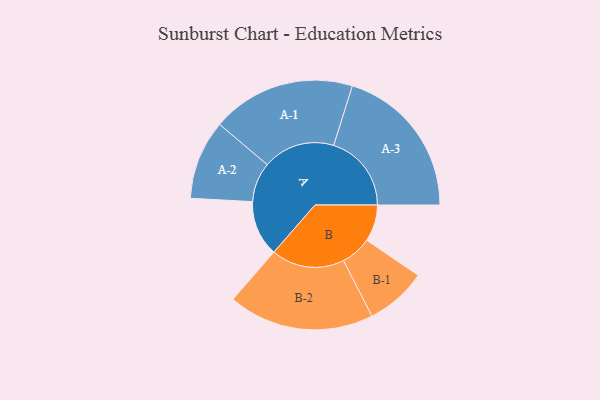
{"axis": {"x": "Segment", "y": "Value"}, "legend": ["", "A", "B"], "data": [{"x": "A", "y": 202, "type": ""}, {"x": "B", "y": 133, "type": ""}, {"x": "A-1", "y": 261, "type": "A"}, {"x": "A-2", "y": 144, "type": "A"}, {"x": "A-3", "y": 282, "type": "A"}, {"x": "B-1", "y": 111, "type": "B"}, {"x": "B-2", "y": 265, "type": "B"}]}